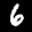
Label: 6